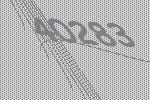
40283